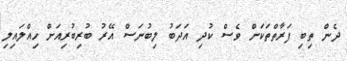
ދެން ތިބި ފަރާތްތަކަށް ވެސް ކުދި އަދަބު ލިބުނަސް އޭރު ބުރިބުރިއަށް ހިއްލައިލި